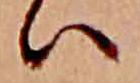
ハ